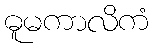
ဓူမကာလိကံ